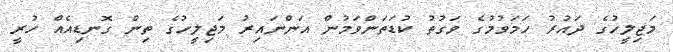
މަޖިލީހުގެ ދައުރު ހަމަވުމުގެ ވަގުތު ކުޑަތަންވަމުން އަންނައިރު މަޖިލީހުގެ ތިން ގޮނޑިއެއް ހުރީ